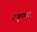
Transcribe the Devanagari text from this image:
रेड्डप्पा